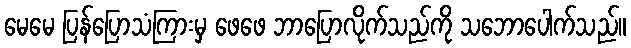
မေမေ ပြန်ပြောသံကြားမှ ဖေဖေ ဘာပြောလိုက်သည်ကို သဘောပေါက်သည်။